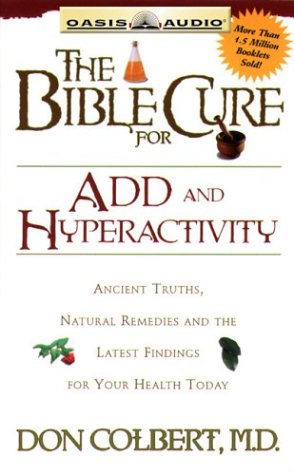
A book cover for The Bible Cure for Add & Hyperactivity: Ancient Truths, Natural Remedies and the Latest Findings for Your Health Today (Bible Cure (Oasis Audio)); Don, MD Colbert; Parenting & Relationships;